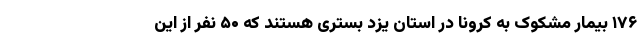
۱۷۶ بیمار مشکوک به کرونا در استان یزد بستری هستند که ۵۰ نفر از این